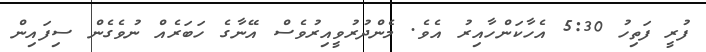
ފުރީ ފަތިހު 5:30 އެހާކަންހާއިރު އެވެ. މެންދުރުވީއިރުވެސް އޭނާގެ ހަބަރެއް ނުވެގެން ސިފައިން